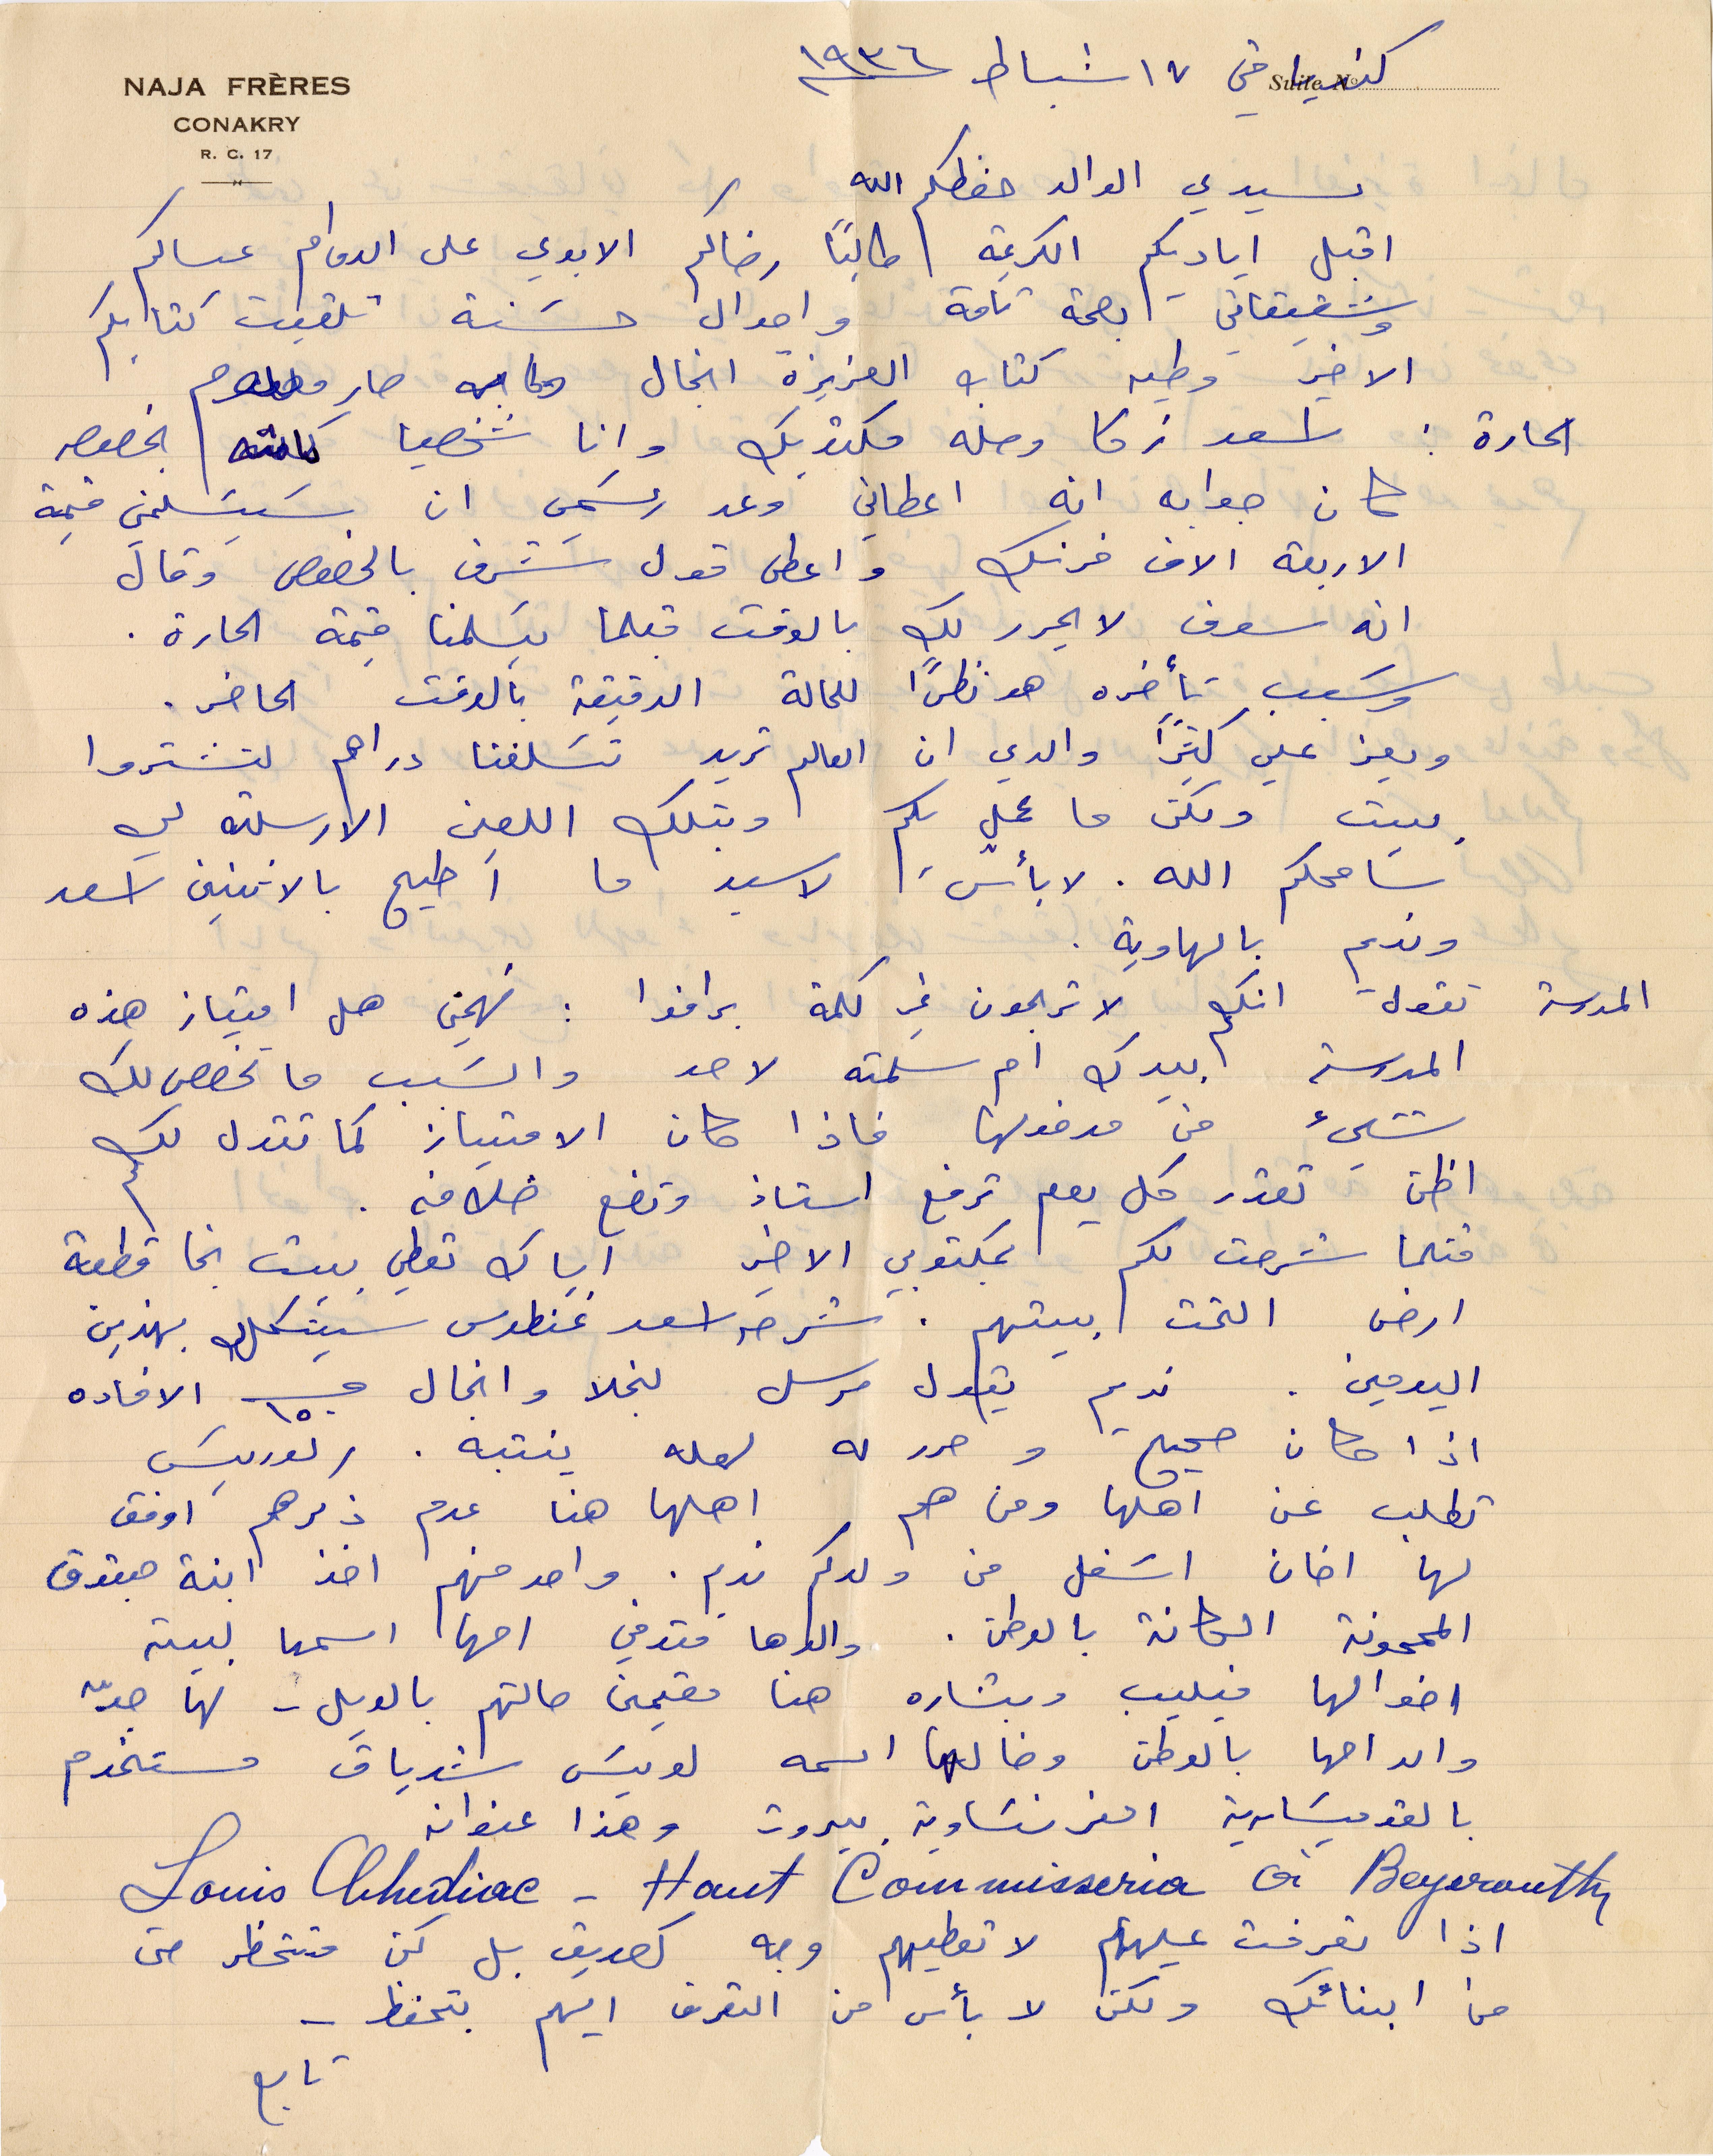
كنديا في ١٧ شباط ١۹۳٦
سيدي الوالد حفظكم الله
اقبل اياديكم الكريمة طالبًا رضاكم الابدي على الدوام عساكم
وشقيقاتي بصحة تامة واحوال حسنة تلقيت كتابكم
الأخير وطيه كتاب العزيزة انجال ولما به صاير معلوم
الحارة: اسعد زكا وصله مكتوبك وإنا شخصيًا بخصوص
كان جوابه أنه اعطاني وعد رسمي ان يسلمني قيمة
الأربعة الاف فرنك وأعطى قول شرف بالخصوص وقال
انه سوف لا يحرر لك بالوقت قبلما يسلمنا قيمة الحارة.
وسبب تأخره هو نظرًا للحالة الدقيقة بالوقت الحاضر.
ويعز عليّ كثيرًا والدي ان العالم تريد تسلفنا دراهم لتشتروا
بيت ولكن ما عمل لكم وبتلك اللعين الارسلته لي
سامحكم الله. لا بأس الاسيد ما اطيح بالثنتين اسعد
وندم الهاوية
المدرسة تقول انكم لا تراجعون في كلمة برافوا: تهمني هل امتياز هذه
المدرسة ابيدك ام سلمته لاحد والسبب ما تخصص لك
شيء من مدفونها فاذا كان الامتياز كما تقول لك
اظن تقدر كل يوم ترفع أستاذ وتضع خلافه.
مثلما شرحت لكم بمكتوبي الأخير اياك تعطي ببيت نجا قطعة
ارض التحت بيتهم. شرحة اسعد غنطوس سيشكل بهذين
اليومية. نديم يقول مرسل لنجلا وانجال ١٥٠ الافاده
اذا كان صحيح وحرر له لعله ينتبه. ريوريتس
تطلب عن أهلها ومن هم اهلاه هنا عدم ذكرهم وافق
لها اخان اشغل من ولدكم ندم. واحد منهم اخذ ابنة حبقوق
المجنونة الجانة بالوطن. والدها متوفي أمها. اسمها لبيته
اخوالها فيليب وبشاره هنا مقيمية التهم بالويل - لها حدّ
والديها بالوطن وخالها اسمه لويس شدياق مستخدم
بالقوميسارية الفرنساوية ببيروت وهذا عنوانه
اذا تعرفت عليهم لا تعطيهم وجه كصديق بل كن متحظر حتى
من ابنائك ولكن لا بأس من التعرف اليهم بتحفظ -
تابع